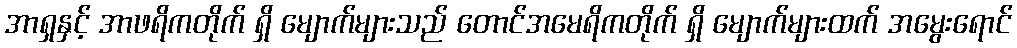
အာရှနှင့် အာဖရိကတိုက် ရှိ မျောက်များသည် တောင်အမေရိကတိုက် ရှိ မျောက်များထက် အမွေးရောင်